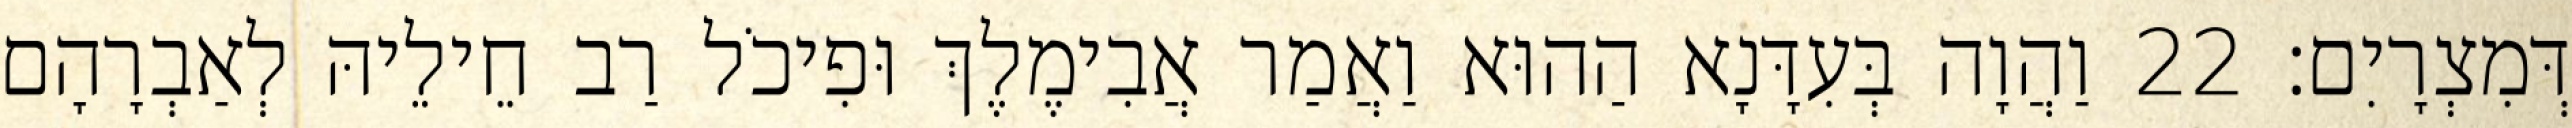
דְּמִצְרָיִם׃ 22 וַהֲוָה בְּעִדָּנָא הַהוּא וַאֲמַר אֲבִימֶלֶךְ וּפִיכֹל רַב חֵילֵיהּ לְאַבְרָהָם